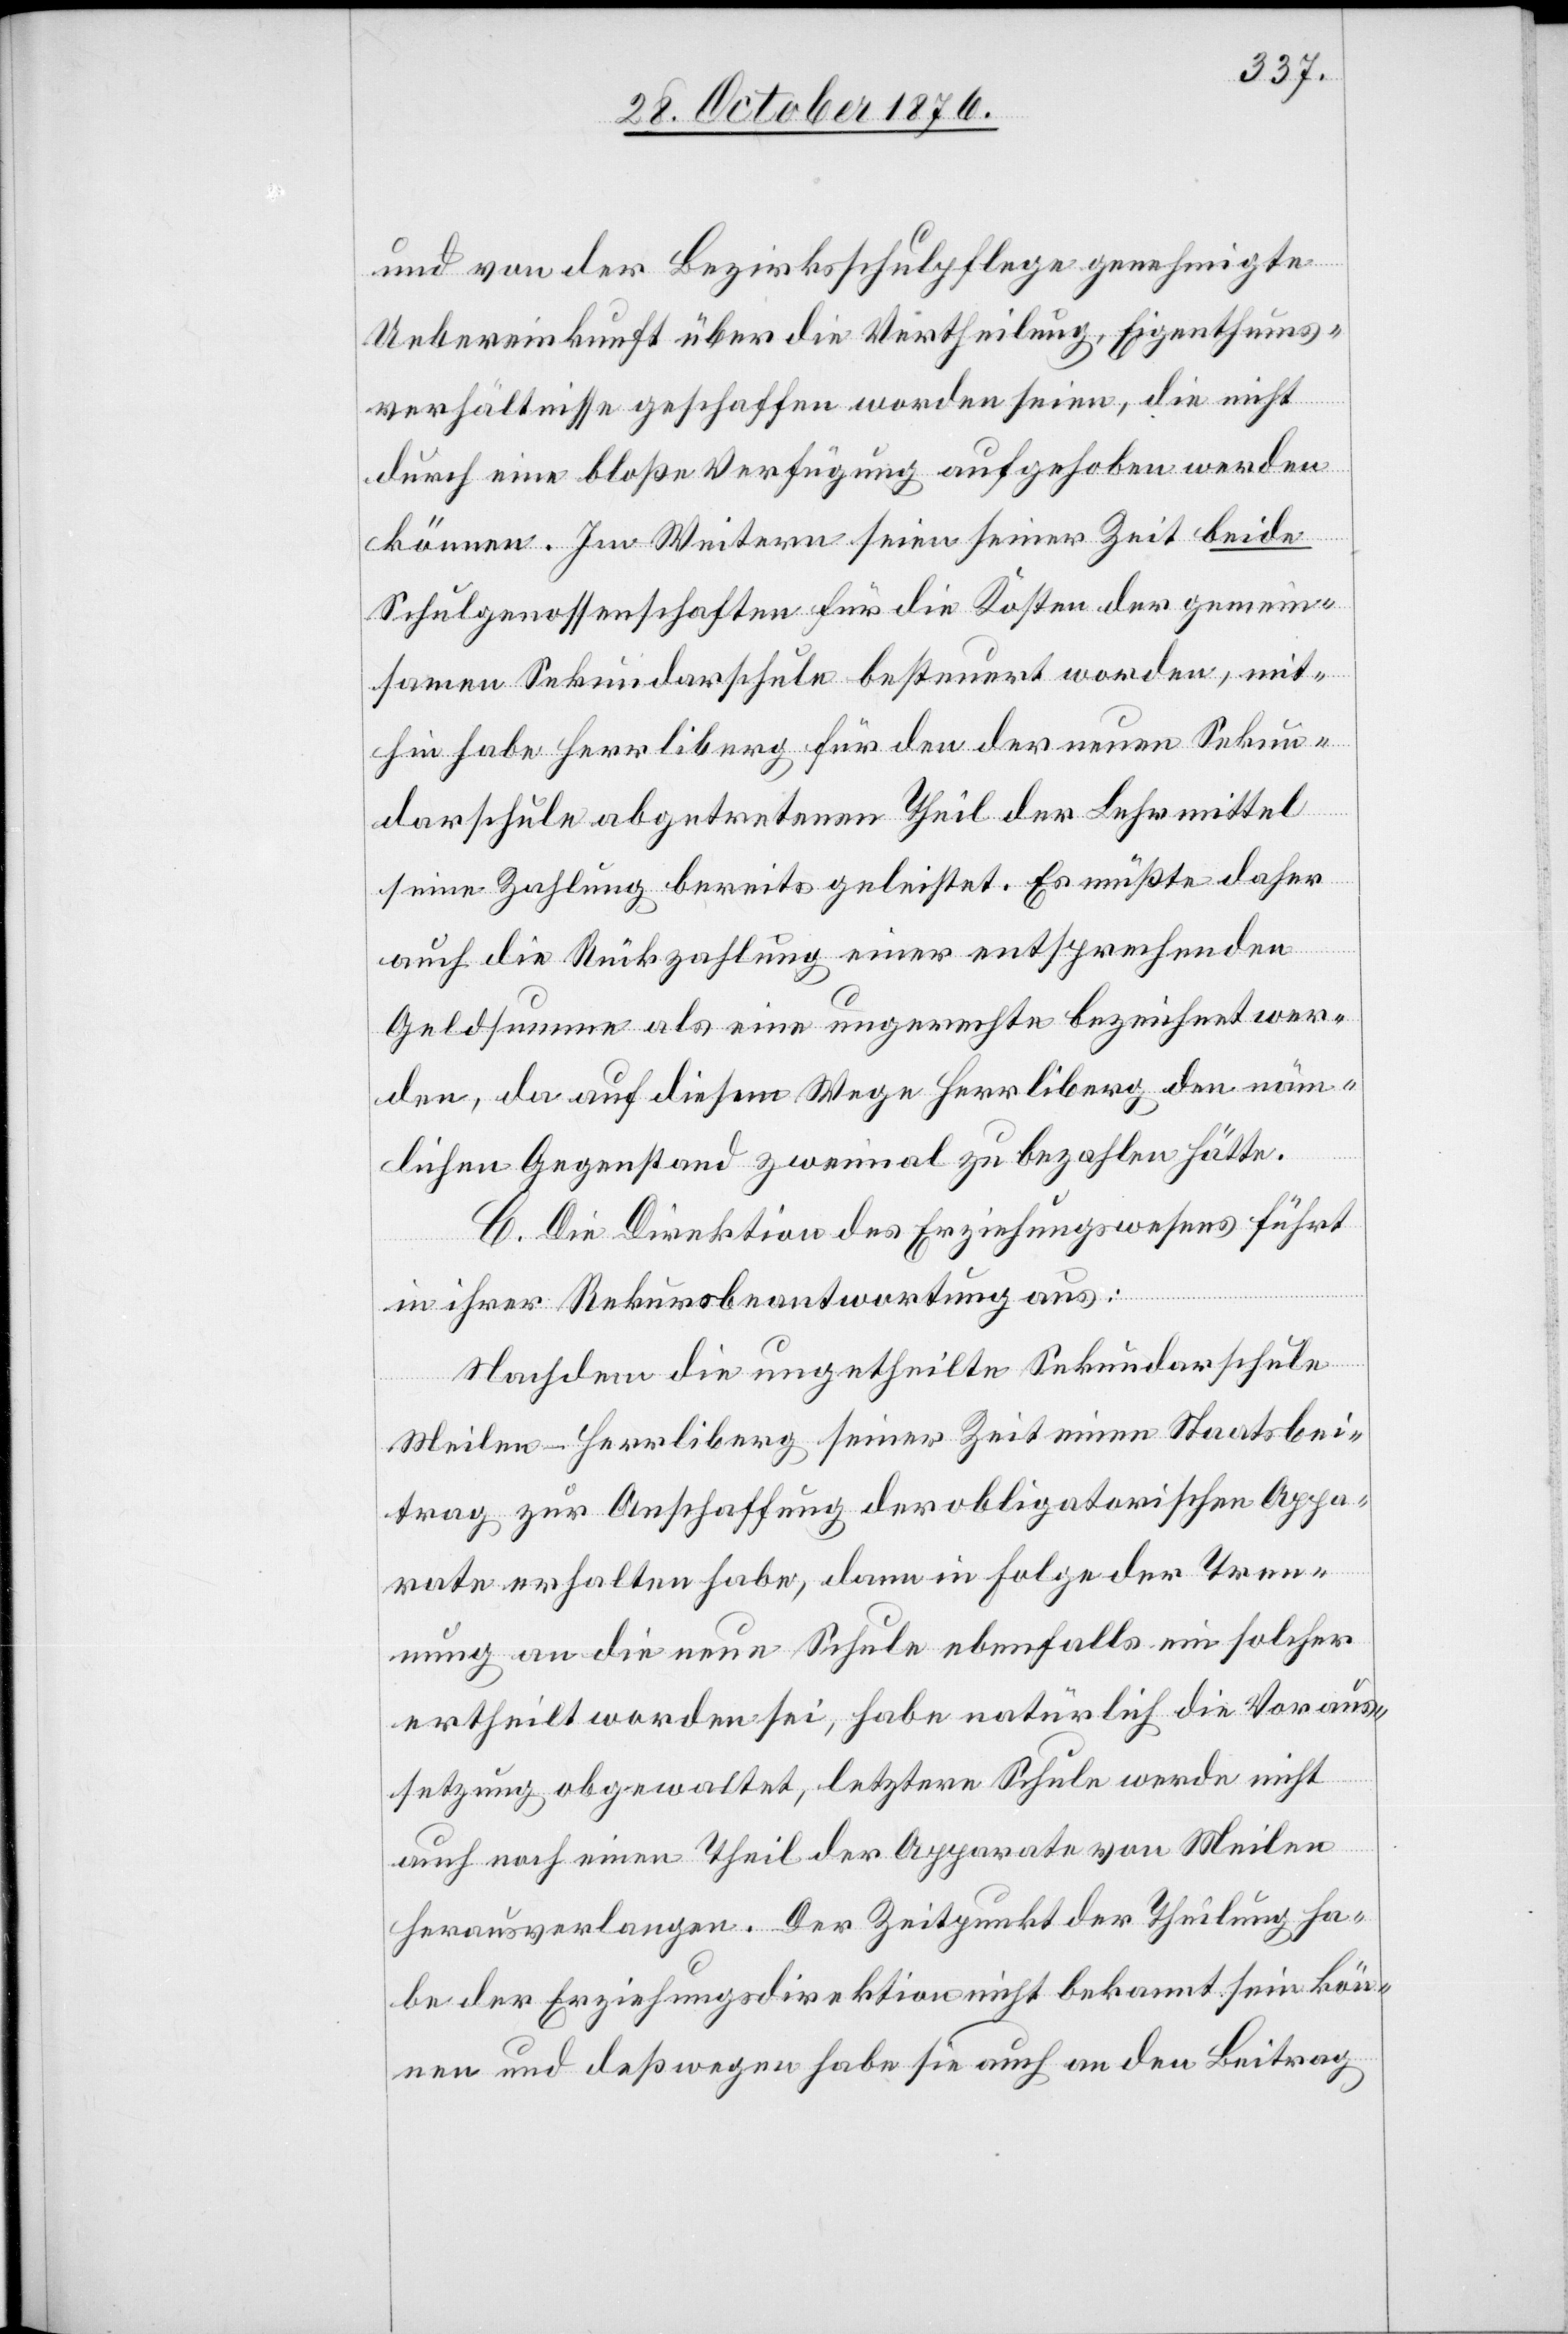
und von der Bezirksschulpflege genehmigte
Uebereinkunft über die Vertheilung, Eigenthums¬
verhältnisse geschaffen worden seien, die nicht
durch eine bloße Verfügung aufgehoben werden
können. Im Weitern seien seiner Zeit beide
Schulgenossenschaften für die Kosten der gemein¬
samen Sekundarschule besteuert worden, mit¬
hin habe Herrliberg für den der neuen Sekun¬
darschule abgetretenen Theil der Lehrmittel
seine Zahlung bereits geleistet. Es müßte daher
auch die Rückzahlung einer entsprechenden
Geldsumme als eine ungerechte bezeichnet wer¬
den, da auf diesem Wege Herrliberg den näm¬
lichen Gegenstand zweimal zu bezahlen hätte.
C. Die Direktion des Erziehungswesens führt
in ihrer Rekursbeantwortung aus:
Nachdem die ungetheilte Sekundarschule
Meilen-Herrliberg seiner Zeit einen Staatsbei¬
trag zur Anschaffung der obligatorischen Appa¬
rate erhalten habe, dann in Folge der Tren¬
nung an die neue Schule ebenfalls ein solcher
ertheilt worden sei, habe natürlich die Voraus¬
setzung obgewaltet, letztere Schule werde nicht
auch noch einen Theil der Apparate von Meilen
herausverlangen. Der Zeitpunkt der Theilung ha¬
be der Erziehungsdirektion nicht bekannt sein kön¬
nen und deßwegen habe sie auch an den Beitrag